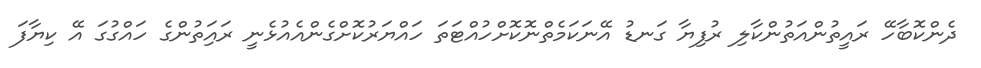
ދެންކޮބާހޭ ރައީތުންއަތުންކާލި ރުފިޔާ ގަނޑު އޭނަކަމެތްނޮކޮށްހުއްޓަތަ ހައްޔަރުކޮށްގެންއެއުޅެނީ ރައަިތުންގެ ހައްގުގަ އޭ ކިޔާފަ